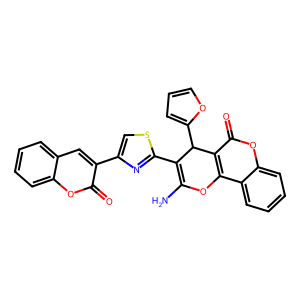
SMILES: NC1=C(c2nc(-c3cc4ccccc4oc3=O)cs2)C(c2ccco2)c2c(c3ccccc3oc2=O)O1
Inhibits HIV replication: No